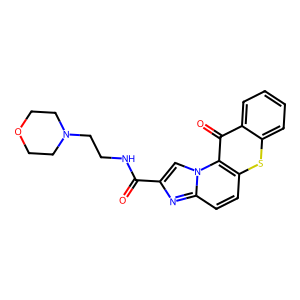
SMILES: O=C(NCCN1CCOCC1)c1cn2c(ccc3sc4ccccc4c(=O)c32)n1
Inhibits HIV replication: No